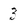
Character: 3